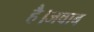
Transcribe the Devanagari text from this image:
है।जवाब